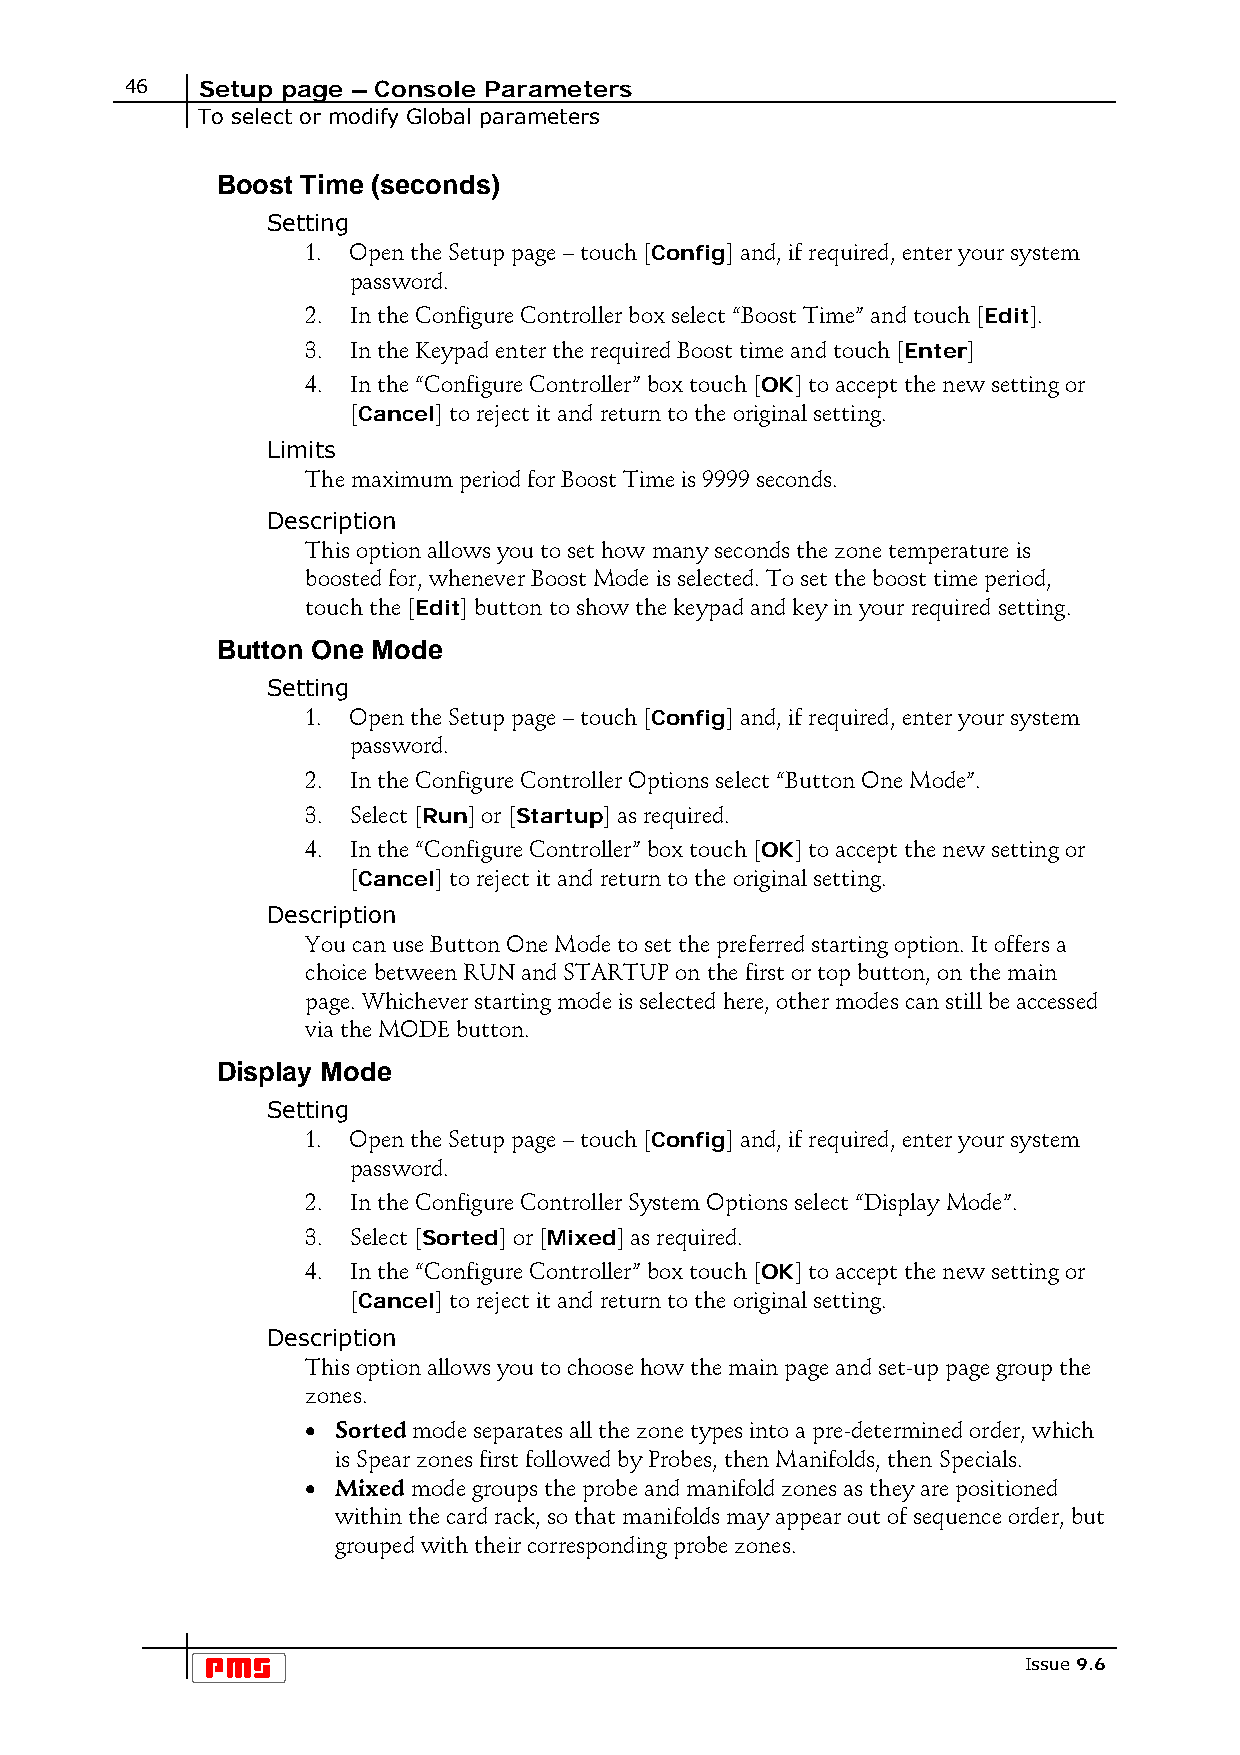
46   Setup page – Console Parameters
 To select or modify Global parameters
 Boost Time (seconds)
 Setting
 1. Open the Setup page – touch [Config] and, if required, enter your system
 password.
 2. In the Configure Controller box select “Boost Time” and touch [Edit].
 3. In the Keypad enter the required Boost time and touch [Enter]
 4. In the “Configure Controller” box touch [OK] to accept the new setting or
 [Cancel] to reject it and return to the original setting.
 Limits
 The maximum period for Boost Time is 9999 seconds.
 Description
 This option allows you to set how many seconds the zone temperature is
 boosted for, whenever Boost Mode is selected. To set the boost time period,
 touch the [Edit] button to show the keypad and key in your required setting.
 Button One Mode
 Setting
 1. Open the Setup page – touch [Config] and, if required, enter your system
 password.
 2. In the Configure Controller Options select “Button One Mode”.
 3. Select [Run] or [Startup] as required.
 4. In the “Configure Controller” box touch [OK] to accept the new setting or
 [Cancel] to reject it and return to the original setting.
 Description
 You can use Button One Mode to set the preferred starting option. It offers a
 choice between RUN and STARTUP on the first or top button, on the main
 page. Whichever starting mode is selected here, other modes can still be accessed
 via the MODE button.
 Display Mode
 Setting
 1. Open the Setup page – touch [Config] and, if required, enter your system
 password.
 2. In the Configure Controller System Options select “Display Mode”.
 3. Select [Sorted] or [Mixed] as required.
 4. In the “Configure Controller” box touch [OK] to accept the new setting or
 [Cancel] to reject it and return to the original setting.
 Description
 This option allows you to choose how the main page and set-up page group the
 zones.
 • Sorted mode separates all the zone types into a pre-determined order, which
 is Spear zones first followed by Probes, then Manifolds, then Specials.
 • Mixed mode groups the probe and manifold zones as they are positioned
 within the card rack, so that manifolds may appear out of sequence order, but
 grouped with their corresponding probe zones.
 Issue 9.6